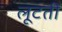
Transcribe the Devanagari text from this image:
लूटतीं